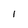
Character: 1